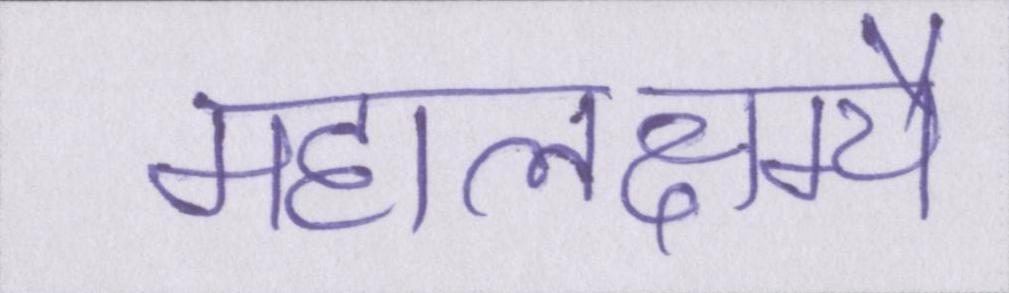
महालक्ष्म्यै